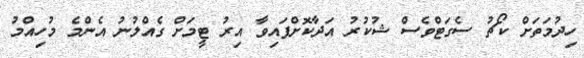
ހިދުމަތަށް ކޯޗު ސެގަޓްވެސް ޝުކުރު އަދާކޮށްފައިވާ އިރު ޓީމަށް ގެއްލުނު އެންމެ މުހިއްމު